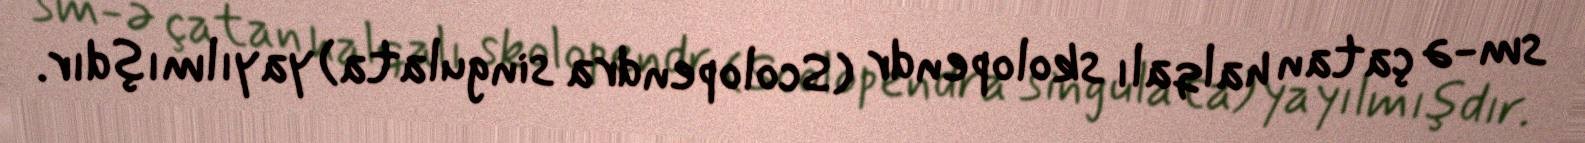
sm-ə çatan halqalı skolopendr (Scolopendra singulata) yayılmışdır.